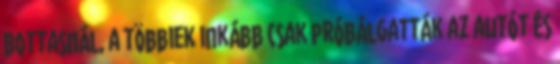
Bottasnál, a többiek inkább csak próbálgatták az autót és